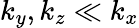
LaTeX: k_{y},k_{z}\ll k_{x}